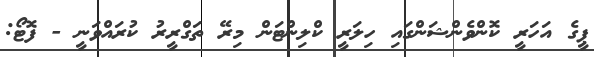
ޕީގެ އަހަރީ ކޮންވެންޝަންގައި ހިލަރީ ކްލިންޓަން މިރޭ ތަގްރީރު ކުރައްވަނީ - ފޮޓޯ: